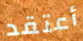
أعتقد